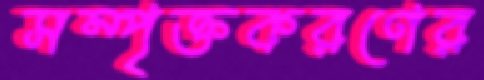
সম্পৃক্তকরণের